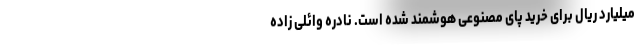
میلیارد ریال برای خرید پای مصنوعی هوشمند شده است. نادره وائلی زاده